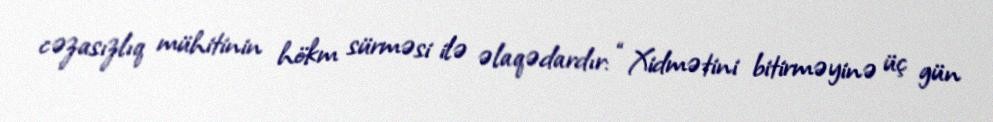
cəzasızlıq mühitinin hökm sürməsi ilə əlaqədardır: “Xidmətini bitirməyinə üç gün